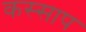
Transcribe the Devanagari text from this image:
कस्साप